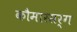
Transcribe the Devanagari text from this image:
कौमारसर्ग